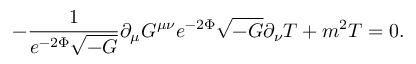
- \frac { 1 } { e ^ { - 2 \Phi } \sqrt { - G } } \partial _ { \mu } G ^ { \mu \nu } e ^ { - 2 \Phi } \sqrt { - G } \partial _ { \nu } T + m ^ { 2 } T = 0 .